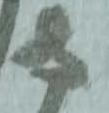
守